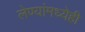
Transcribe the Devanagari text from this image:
लेण्यांमध्येही